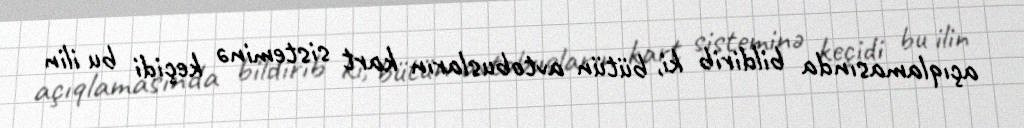
açıqlamasında bildirib ki, bütün avtobusların kart sisteminə keçidi bu ilin